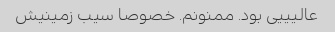
عالیییی بود. ممنونم. خصوصا سیب زمینیش